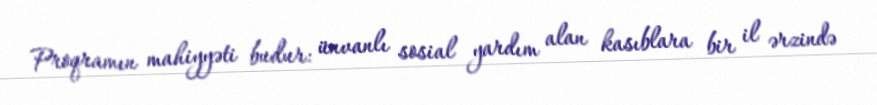
Proqramın mahiyyəti budur: ünvanlı sosial yardım alan kasıblara bir il ərzində